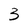
Character: 3